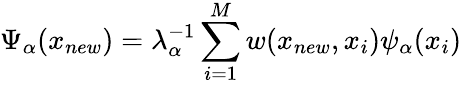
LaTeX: \Psi_{\alpha}(x_{new})=\lambda_{\alpha}^{-1}\sum_{i=1}^{M}w(x_{new},x_{i})\psi_{\alpha}(x_{i})